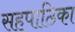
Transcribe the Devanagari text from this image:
सहपाठिका